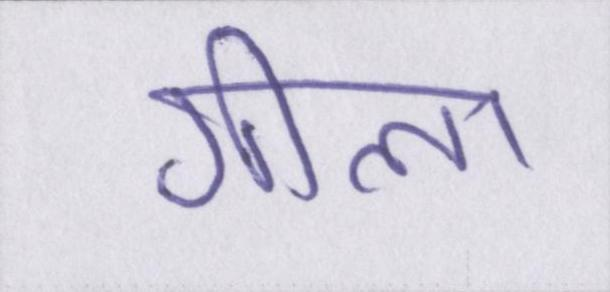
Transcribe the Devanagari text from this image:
गीला